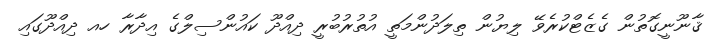
ޤާނޫނީގޮތުން ގެޒެޓްކުރެވޭ ލިޔުން ތިލަދުންމަތީ އުތުރުބުރީ ދިއްދޫ ކައުންސިލްގެ އިދާރާ ހއ ދިއްދޫގައި